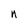
Character: n